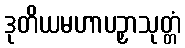
ဒုတိယမဟာပဉှာသုတ္တံ